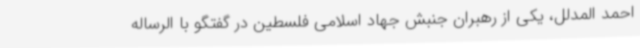
احمد المدلل، یکی از رهبران جنبش جهاد اسلامی فلسطین در گفتگو با الرساله